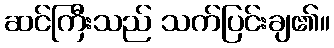
ဆင်ကြီးသည် သက်ပြင်းချ၏။